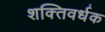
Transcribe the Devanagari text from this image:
शक्‍तिवर्धक